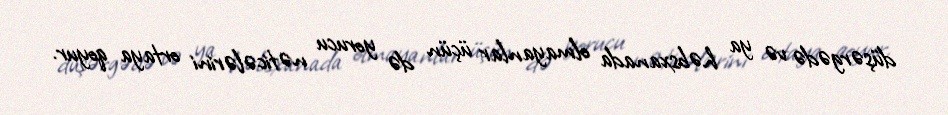
düşərgədə və ya həbsxanada olmayanlar üçün də yorucu nəticələrini ortaya qoyur.